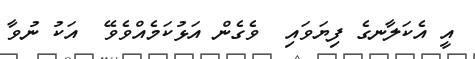
އީ އެކަލާނގެ ފިޔަވައި  ވެގެން އަޅުކަމެއްވެވޭ  އަކު ނުވާ